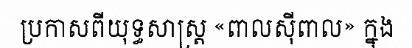
ប្រកាសពីយុទ្ធសាស្ត្រ «ពាលស៊ីពាល» ក្នុង